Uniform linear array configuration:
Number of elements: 12
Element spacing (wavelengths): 0.5
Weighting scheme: binomial
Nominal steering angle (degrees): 30
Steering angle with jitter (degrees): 29.125
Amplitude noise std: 0.05
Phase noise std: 0.05

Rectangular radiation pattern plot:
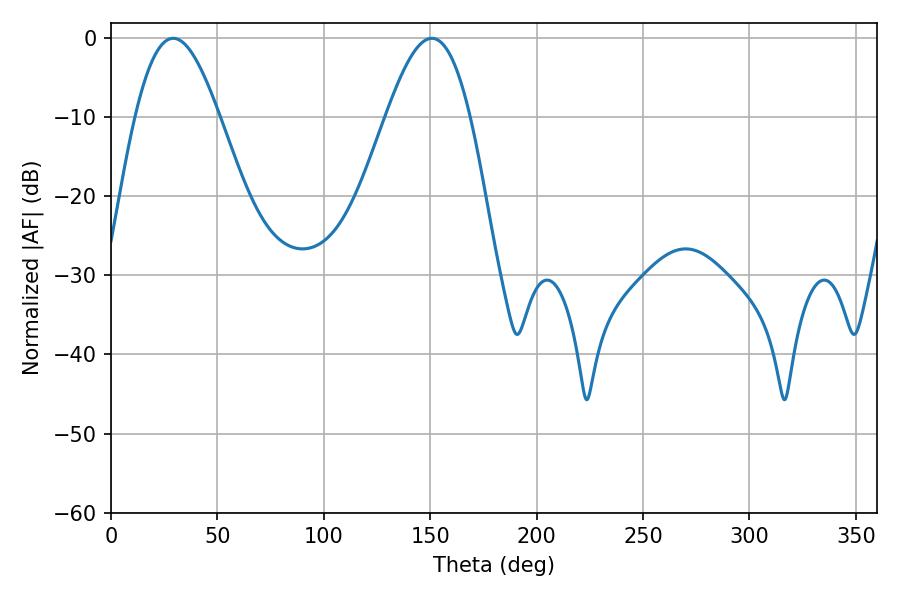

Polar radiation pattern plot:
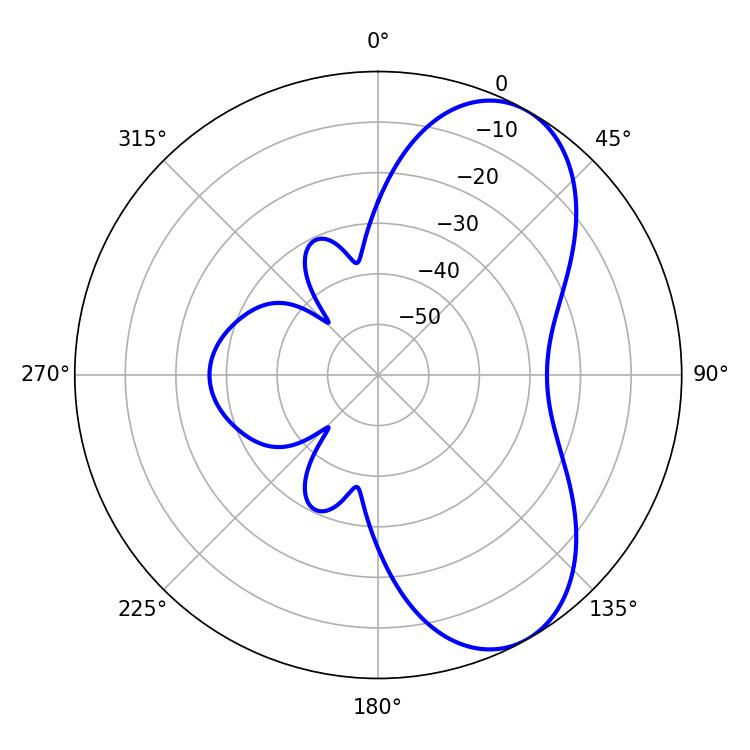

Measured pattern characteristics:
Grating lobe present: FALSE
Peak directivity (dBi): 6.899
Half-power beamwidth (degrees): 21.42
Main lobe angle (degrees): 29.16